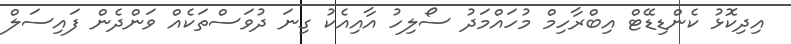
އިދިކޮޅު ކެންޑިޑޭޓް އިބްރާހިމް މުހައްމަދު ސޯލިހު އާއިއެކު ގިނަ ދުވަސްތަކެއް ވަންދެން ފައިސަލް